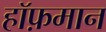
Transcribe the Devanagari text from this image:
हॉफ़मान